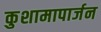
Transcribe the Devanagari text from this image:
कुशामापार्जन